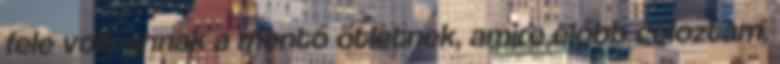
fele volt annak a mentő ötletnek, amire előbb céloztam,